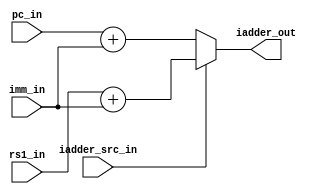
module rv32_immediate_addr #(
  parameter DATA_WIDTH = 32
  )(
  input [(DATA_WIDTH-1):0] pc_in,
  input [(DATA_WIDTH-1):0] rs1_in,
  input [(DATA_WIDTH-1):0] imm_in,
  input iadder_src_in,
  output [(DATA_WIDTH-1):0] iadder_out
  );

  assign iadder_out = iadder_src_in ? (rs1_in + imm_in) : (pc_in + imm_in);

endmodule